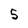
Character: 5